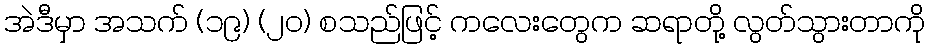
အဲဒီမှာ အသက် (၁၉) (၂၀) စသည်ဖြင့် ကလေးတွေက ဆရာတို့ လွတ်သွားတာကို